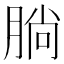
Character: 𣎃